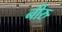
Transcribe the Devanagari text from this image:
नीरु